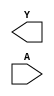
/**
 * Copyright 2020 The SkyWater PDK Authors
 *
 * Licensed under the Apache License, Version 2.0 (the "License");
 * you may not use this file except in compliance with the License.
 * You may obtain a copy of the License at
 *
 *     https://www.apache.org/licenses/LICENSE-2.0
 *
 * Unless required by applicable law or agreed to in writing, software
 * distributed under the License is distributed on an "AS IS" BASIS,
 * WITHOUT WARRANTIES OR CONDITIONS OF ANY KIND, either express or implied.
 * See the License for the specific language governing permissions and
 * limitations under the License.
 *
 * SPDX-License-Identifier: Apache-2.0
 */

`ifndef SKY130_FD_SC_HS__CLKDLYINV5SD2_BLACKBOX_V
`define SKY130_FD_SC_HS__CLKDLYINV5SD2_BLACKBOX_V

/**
 * clkdlyinv5sd2: Clock Delay Inverter 5-stage 0.25um length inner
 *                stage gate.
 *
 * Verilog stub definition (black box without power pins).
 *
 * WARNING: This file is autogenerated, do not modify directly!
 */

`timescale 1ns / 1ps
`default_nettype none

(* blackbox *)
module sky130_fd_sc_hs__clkdlyinv5sd2 (
    Y,
    A
);

    output Y;
    input  A;

    // Voltage supply signals
    supply1 VPWR;
    supply0 VGND;

endmodule

`default_nettype wire
`endif  // SKY130_FD_SC_HS__CLKDLYINV5SD2_BLACKBOX_V